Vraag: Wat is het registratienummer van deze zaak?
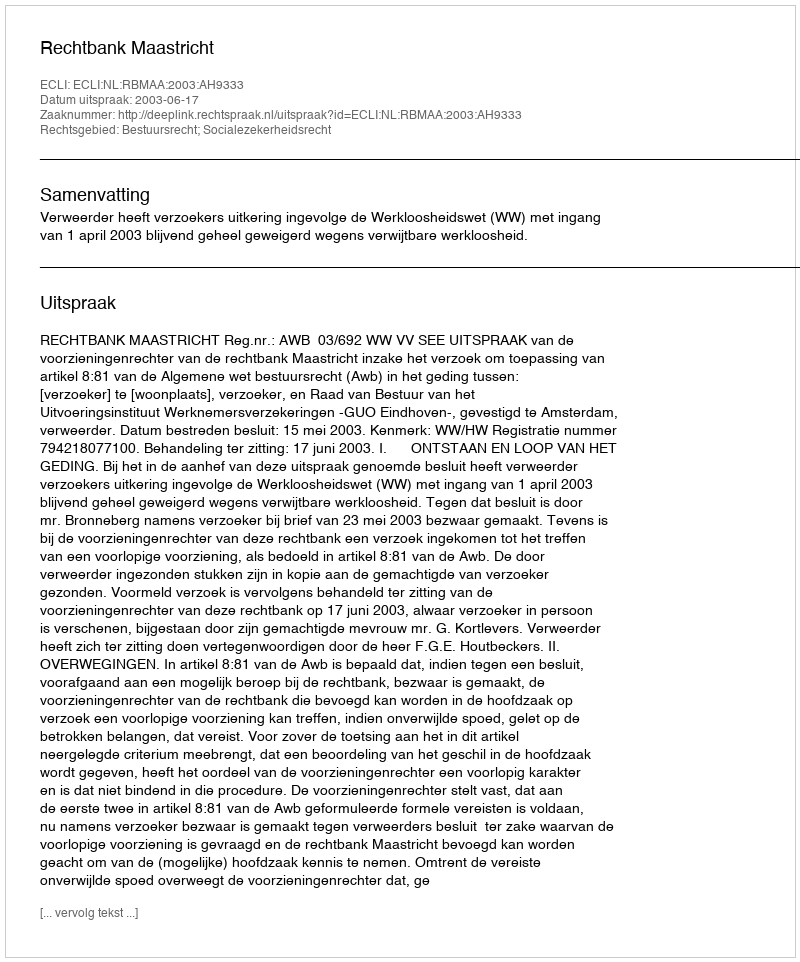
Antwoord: http://deeplink.rechtspraak.nl/uitspraak?id=ECLI:NL:RBMAA:2003:AH9333